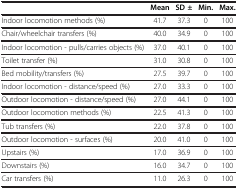
<table><thead><tr><td><b> </b></td><td><b>Mean</b></td><td><b>SD ±</b></td><td><b>Min.</b></td><td><b>Max.</b></td></tr></thead><tbody><tr><td>Indoor locomotion methods (%)</td><td>41.7</td><td>37.3</td><td>0</td><td>100</td></tr><tr><td>Chair/wheelchair transfers (%)</td><td>40.0</td><td>34.9</td><td>0</td><td>100</td></tr><tr><td>Indoor locomotion - pulls/carries objects (%)</td><td>37.0</td><td>40.1</td><td>0</td><td>100</td></tr><tr><td>Toilet transfer (%)</td><td>31.0</td><td>30.8</td><td>0</td><td>100</td></tr><tr><td>Bed mobility/transfers (%)</td><td>27.5</td><td>39.7</td><td>0</td><td>100</td></tr><tr><td>Indoor locomotion - distance/speed (%)</td><td>27.0</td><td>33.3</td><td>0</td><td>100</td></tr><tr><td>Outdoor locomotion - distance/speed (%)</td><td>27.0</td><td>44.1</td><td>0</td><td>100</td></tr><tr><td>Outdoor locomotion methods (%)</td><td>22.5</td><td>41.3</td><td>0</td><td>100</td></tr><tr><td>Tub transfers (%)</td><td>22.0</td><td>37.8</td><td>0</td><td>100</td></tr><tr><td>Outdoor locomotion - surfaces (%)</td><td>20.0</td><td>41.0</td><td>0</td><td>100</td></tr><tr><td>Upstairs (%)</td><td>17.0</td><td>36.9</td><td>0</td><td>100</td></tr><tr><td>Downstairs (%)</td><td>16.0</td><td>34.7</td><td>0</td><td>100</td></tr><tr><td>Car transfers (%)</td><td>11.0</td><td>26.3</td><td>0</td><td>100</td></tr></tbody></table>